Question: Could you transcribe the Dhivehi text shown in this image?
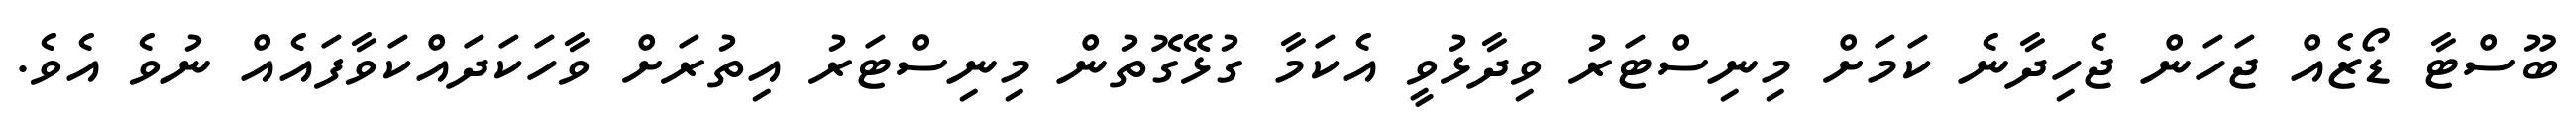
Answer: ބޫސްޓާ ޑޯޒެއް ޖަހަން ޖެހިދާނެ ކަމަށް މިނިސްޓަރު ވިދާޅުވީ އެކަމާ ގުޅޭގޮތުން މިނިސްޓަރު އިތުރަށް ވާހަކަދައްކަވާފައެއް ނުވެ އެވެ.